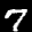
Label: 7